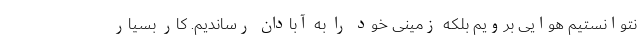
نتوانستیم هوایی برویم بلکه زمینی خود را به آبادان رساندیم. کار بسیار